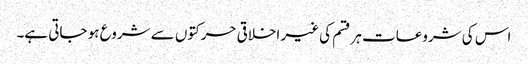
اس کی شروعات ہر قسم کی غیر اخلاقی حرکتوں سے شروع ہو جاتی ہے۔